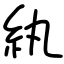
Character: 紈